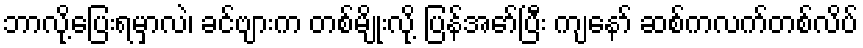
ဘာလို့ပြေးရမှာလဲ၊ ခင်ဗျားက တစ်မျိုးလို့ ပြန်အော်ပြီး ကျနော် ဆစ်ကလက်တစ်လိပ်